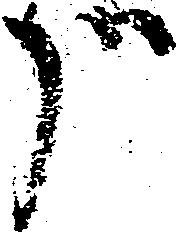
哉